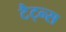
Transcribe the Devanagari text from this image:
टैट्न्स